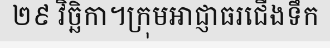
២៩ វិច្ឆិកា។ក្រុមអាជ្ញាធរជើងទឹក